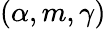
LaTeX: (\alpha,m,\gamma)